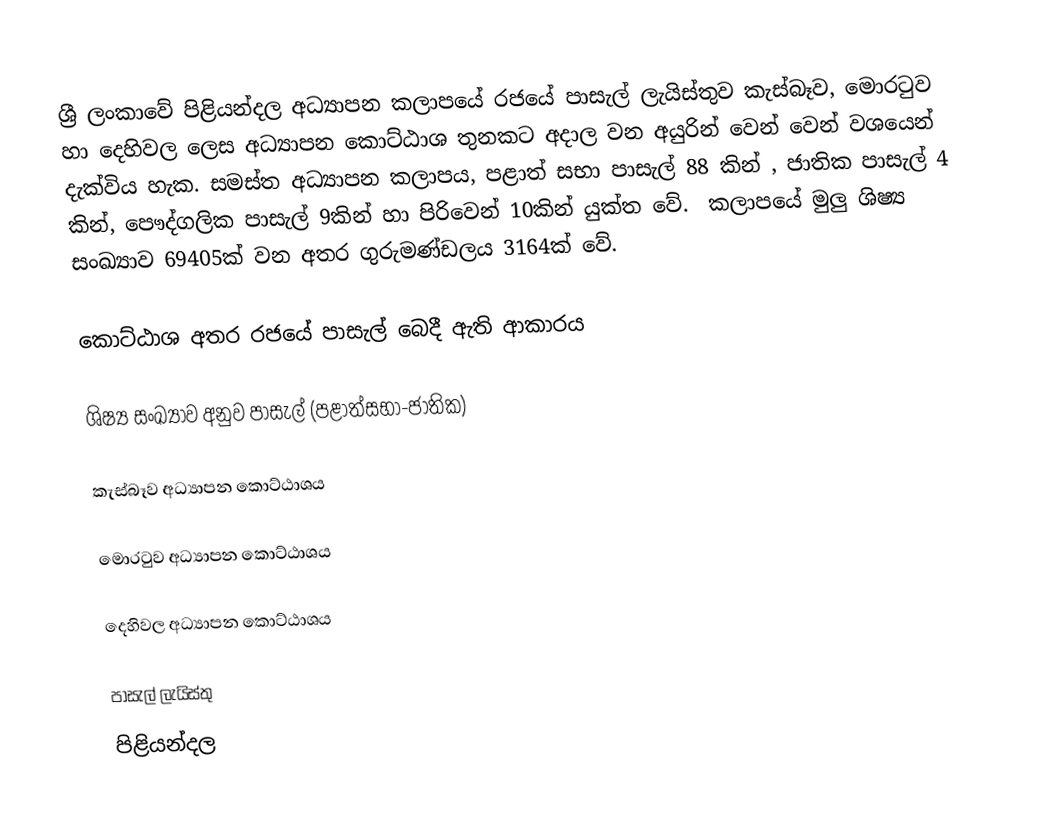
ශ්‍රී ලංකාවේ පිළියන්දල අධ්‍යාපන කලාපයේ රජයේ පාසැල් ලැයිස්තුව  කැස්බෑව, මොරටුව හා දෙහිවල ලෙස අධ්‍යාපන කොට්ඨාශ තුනකට අදාල වන අයුරින් වෙන් වෙන් වශයෙන් දැක්විය හැක. සමස්ත අධ්‍යාපන කලාපය, පළාත් සභා පාසැල් 88 කින් , ජාතික පාසැල් 4 කින්, පෞද්ගලික පාසැල් 9කින් හා පිරිවෙන් 10කින් යුක්ත ‍වේ. ‍ ‍‍‍‍‍කලාප‍යේ මුලු ශිෂ්‍ය සංඛ්‍යාව 69405ක් වන අතර ගුරුමණ්ඩලය 3164ක් ‍වේ.

කොට්ඨාශ අතර රජයේ පාසැල් ‍බෙදී ඇති ආකාරය

ශිෂ්‍ය සංඛ්‍යාව අනුව පාසැල් (පළාත්සභා-ජාතික)

කැස්බෑව ‍අධ්‍යාපන කොට්ඨාශය

මොරටුව අධ්‍යාපන කොට්ඨාශය

දෙහිවල අධ්‍යාපන කොට්ඨාශය

පාසැල් ලැයිස්තු
පිළියන්දල